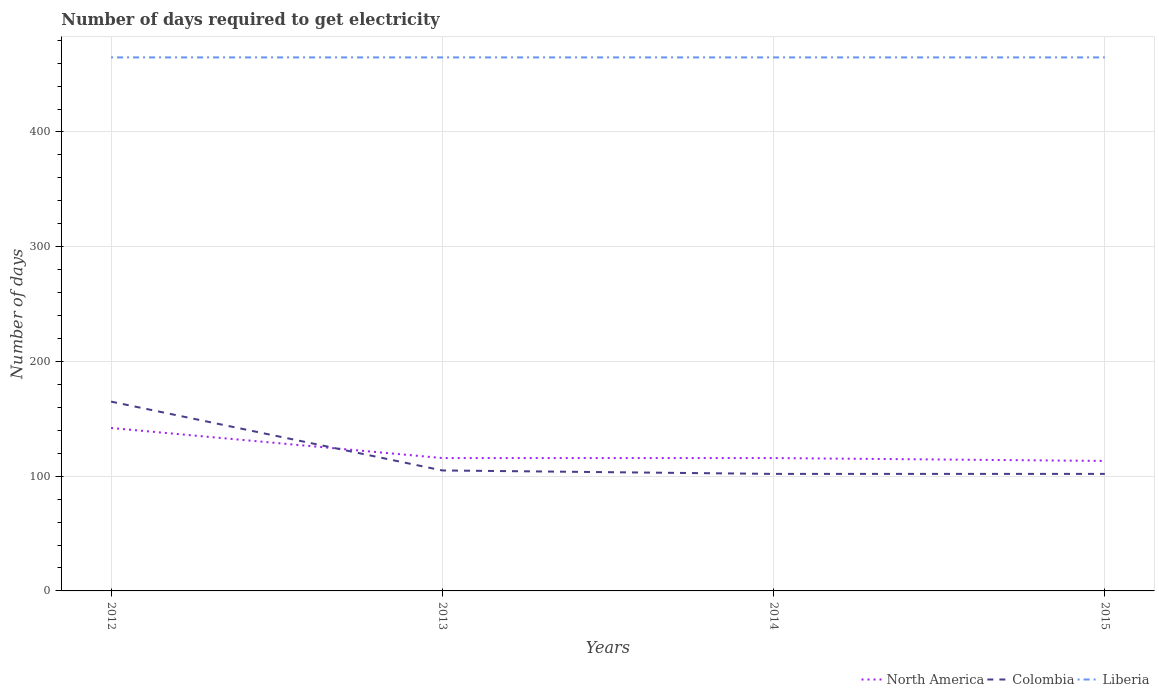
| Years | North America | Colombia | Liberia |
 | --- | --- | --- | --- |
 | 2012 | 142 | 165 | 465 |
 | 2013 | 116 | 105 | 465 |
 | 2014 | 116 | 102 | 465 |
 | 2015 | 113 | 102 | 465 |